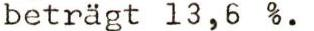
beträgt 13,6 %.